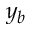
y _ { b }